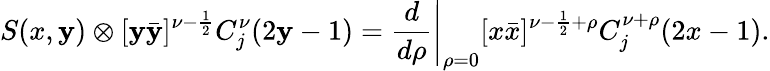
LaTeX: S(x,\mathbf{y})\otimes[\mathbf{y}\bar{{\mathbf{y}}}]^{\nu-\frac{{1}}{{2}}}C_{j}^{\nu}(2\mathbf{y}-1)=\left.\frac{{d}}{{d\rho}}\right|_{\rho=0}[x\bar{{x}}]^{\nu-\frac{{1}}{{2}}+\rho}C_{j}^{\nu+\rho}(2x-1).